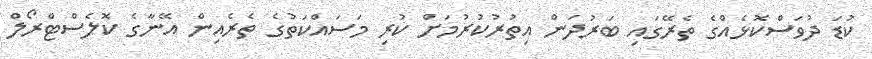
ކުޑަ ދުވަސްކޮޅެއްގެ ތެރޭގައި ބަރުދަން އިތުރުކުރުމަށް ކުރި މަސައްކަތުގެ ތެރެއިން އޭނާގެ ކޮލެސްޓްރޯލް